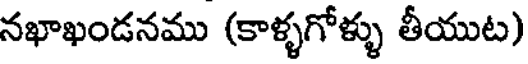
నఖాఖండనము (కాళ్ళగోళ్ళు తీయుట)